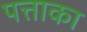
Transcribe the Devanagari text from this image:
पत्ताका